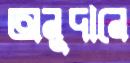
অনুদানে